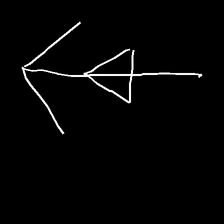
Glyph: pull